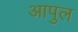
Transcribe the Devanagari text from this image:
आपुल